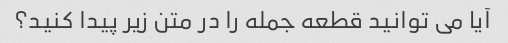
آیا می توانید قطعه جمله را در متن زیر پیدا کنید؟